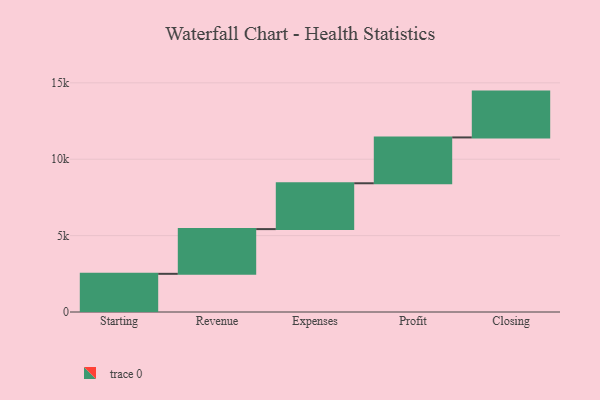
{"axis": {"x": "Step", "y": "Value"}, "legend": [""], "data": [{"x": "Starting", "y": 2499.0, "type": ""}, {"x": "Revenue", "y": 2927.0, "type": ""}, {"x": "Expenses", "y": 3000, "type": ""}, {"x": "Profit", "y": 3000, "type": ""}, {"x": "Closing", "y": 3000, "type": ""}]}